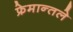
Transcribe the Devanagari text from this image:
फ्रेमान्तले